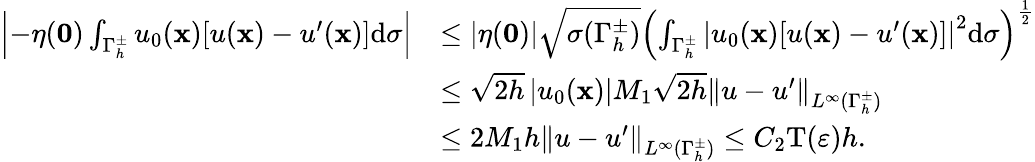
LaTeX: \begin{array}{rl}{\left\vert-\eta(\mathbf 0)\int_{{\Gamma_{h}^{\pm}}}{{u_{0}}(\mathbf x)[u(\mathbf x)-u^{\prime}(\mathbf x)]}\mathrm d\sigma\right\vert}&{\leq\left|\eta(\mathbf 0)\right|\sqrt{\sigma({\Gamma_{h}^{\pm}})}{\left(\int_{{\Gamma_{h}^{\pm}}}{{{\left|{{u_{0}}(\mathbf x)[u(\mathbf x)-u^{\prime}(\mathbf x)]}\right|}^{2}}}\mathrm d\sigma\right)^{{\frac{1}{2}}}}}\\ &{\leq\sqrt{2h}\left|{{u_{0}}(\mathbf x)}\right|M_{1}\sqrt{2h}{\left\| {u-u^{\prime}}\right\| _{{L^{\infty}}({\Gamma_{h}^{\pm}})}}}\\ &{\leq 2M_{1}h{\left\| {u-u^{\prime}}\right\| _{{L^{\infty}}({\Gamma_{h}^{\pm}})}}\leq{C_{2}}\mathrm T(\varepsilon)h.}\end{array}